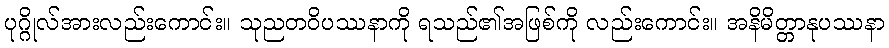
ပုဂ္ဂိုလ်အားလည်းကောင်း။ သုညတဝိပဿနာကို ရသည်၏အဖြစ်ကို လည်းကောင်း။ အနိမိတ္တာနုပဿနာ